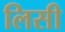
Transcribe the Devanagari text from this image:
लिसी